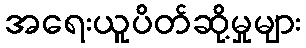
အရေးယူပိတ်ဆို့မှုများ